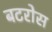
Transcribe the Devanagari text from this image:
बटरोस